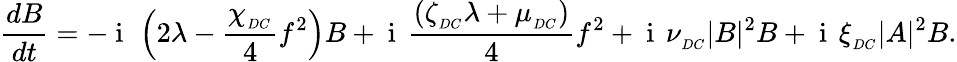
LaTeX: \frac{dB}{dt}=-\mathrm{~i~}\, \left(2\lambda-\frac{\chi_{_{DC}}}{4}f^{2}\right)B+\mathrm{~i~}\, \frac{\left(\zeta_{_{DC}}\lambda+\mu_{_{DC}}\right)}{4}f^{2}+\mathrm{~i~}\, \nu_{_{DC}}|B|^{2}B+\mathrm{~i~}\, \xi_{_{DC}}|A|^{2}B.